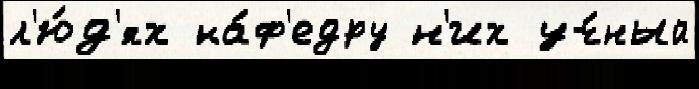
л'ю́д'ях ка́ф'едру н'их уч́ный